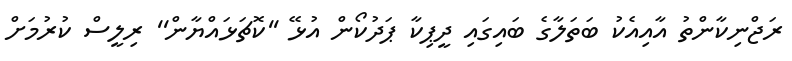
ރަޖްނިކާންތު އާއިއެކު ބަތަލާގެ ބައިގައި ދީޕިކާ ޕަދުކޯން އުޅޭ ''ކޮޗަޅައްޔާން'' ރިލީސް ކުރުމަށް